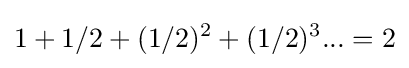
1+1/2+(1/2)^{2}+(1/2)^{3}...=2